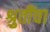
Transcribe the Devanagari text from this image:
श्रुतींचा